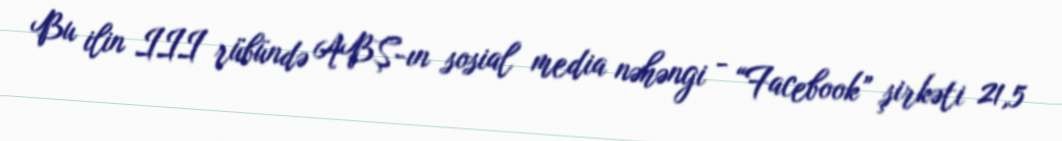
Bu ilin III rübündə ABŞ-ın sosial media nəhəngi - “Facebook” şirkəti 21,5